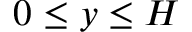
0 \le y \le H